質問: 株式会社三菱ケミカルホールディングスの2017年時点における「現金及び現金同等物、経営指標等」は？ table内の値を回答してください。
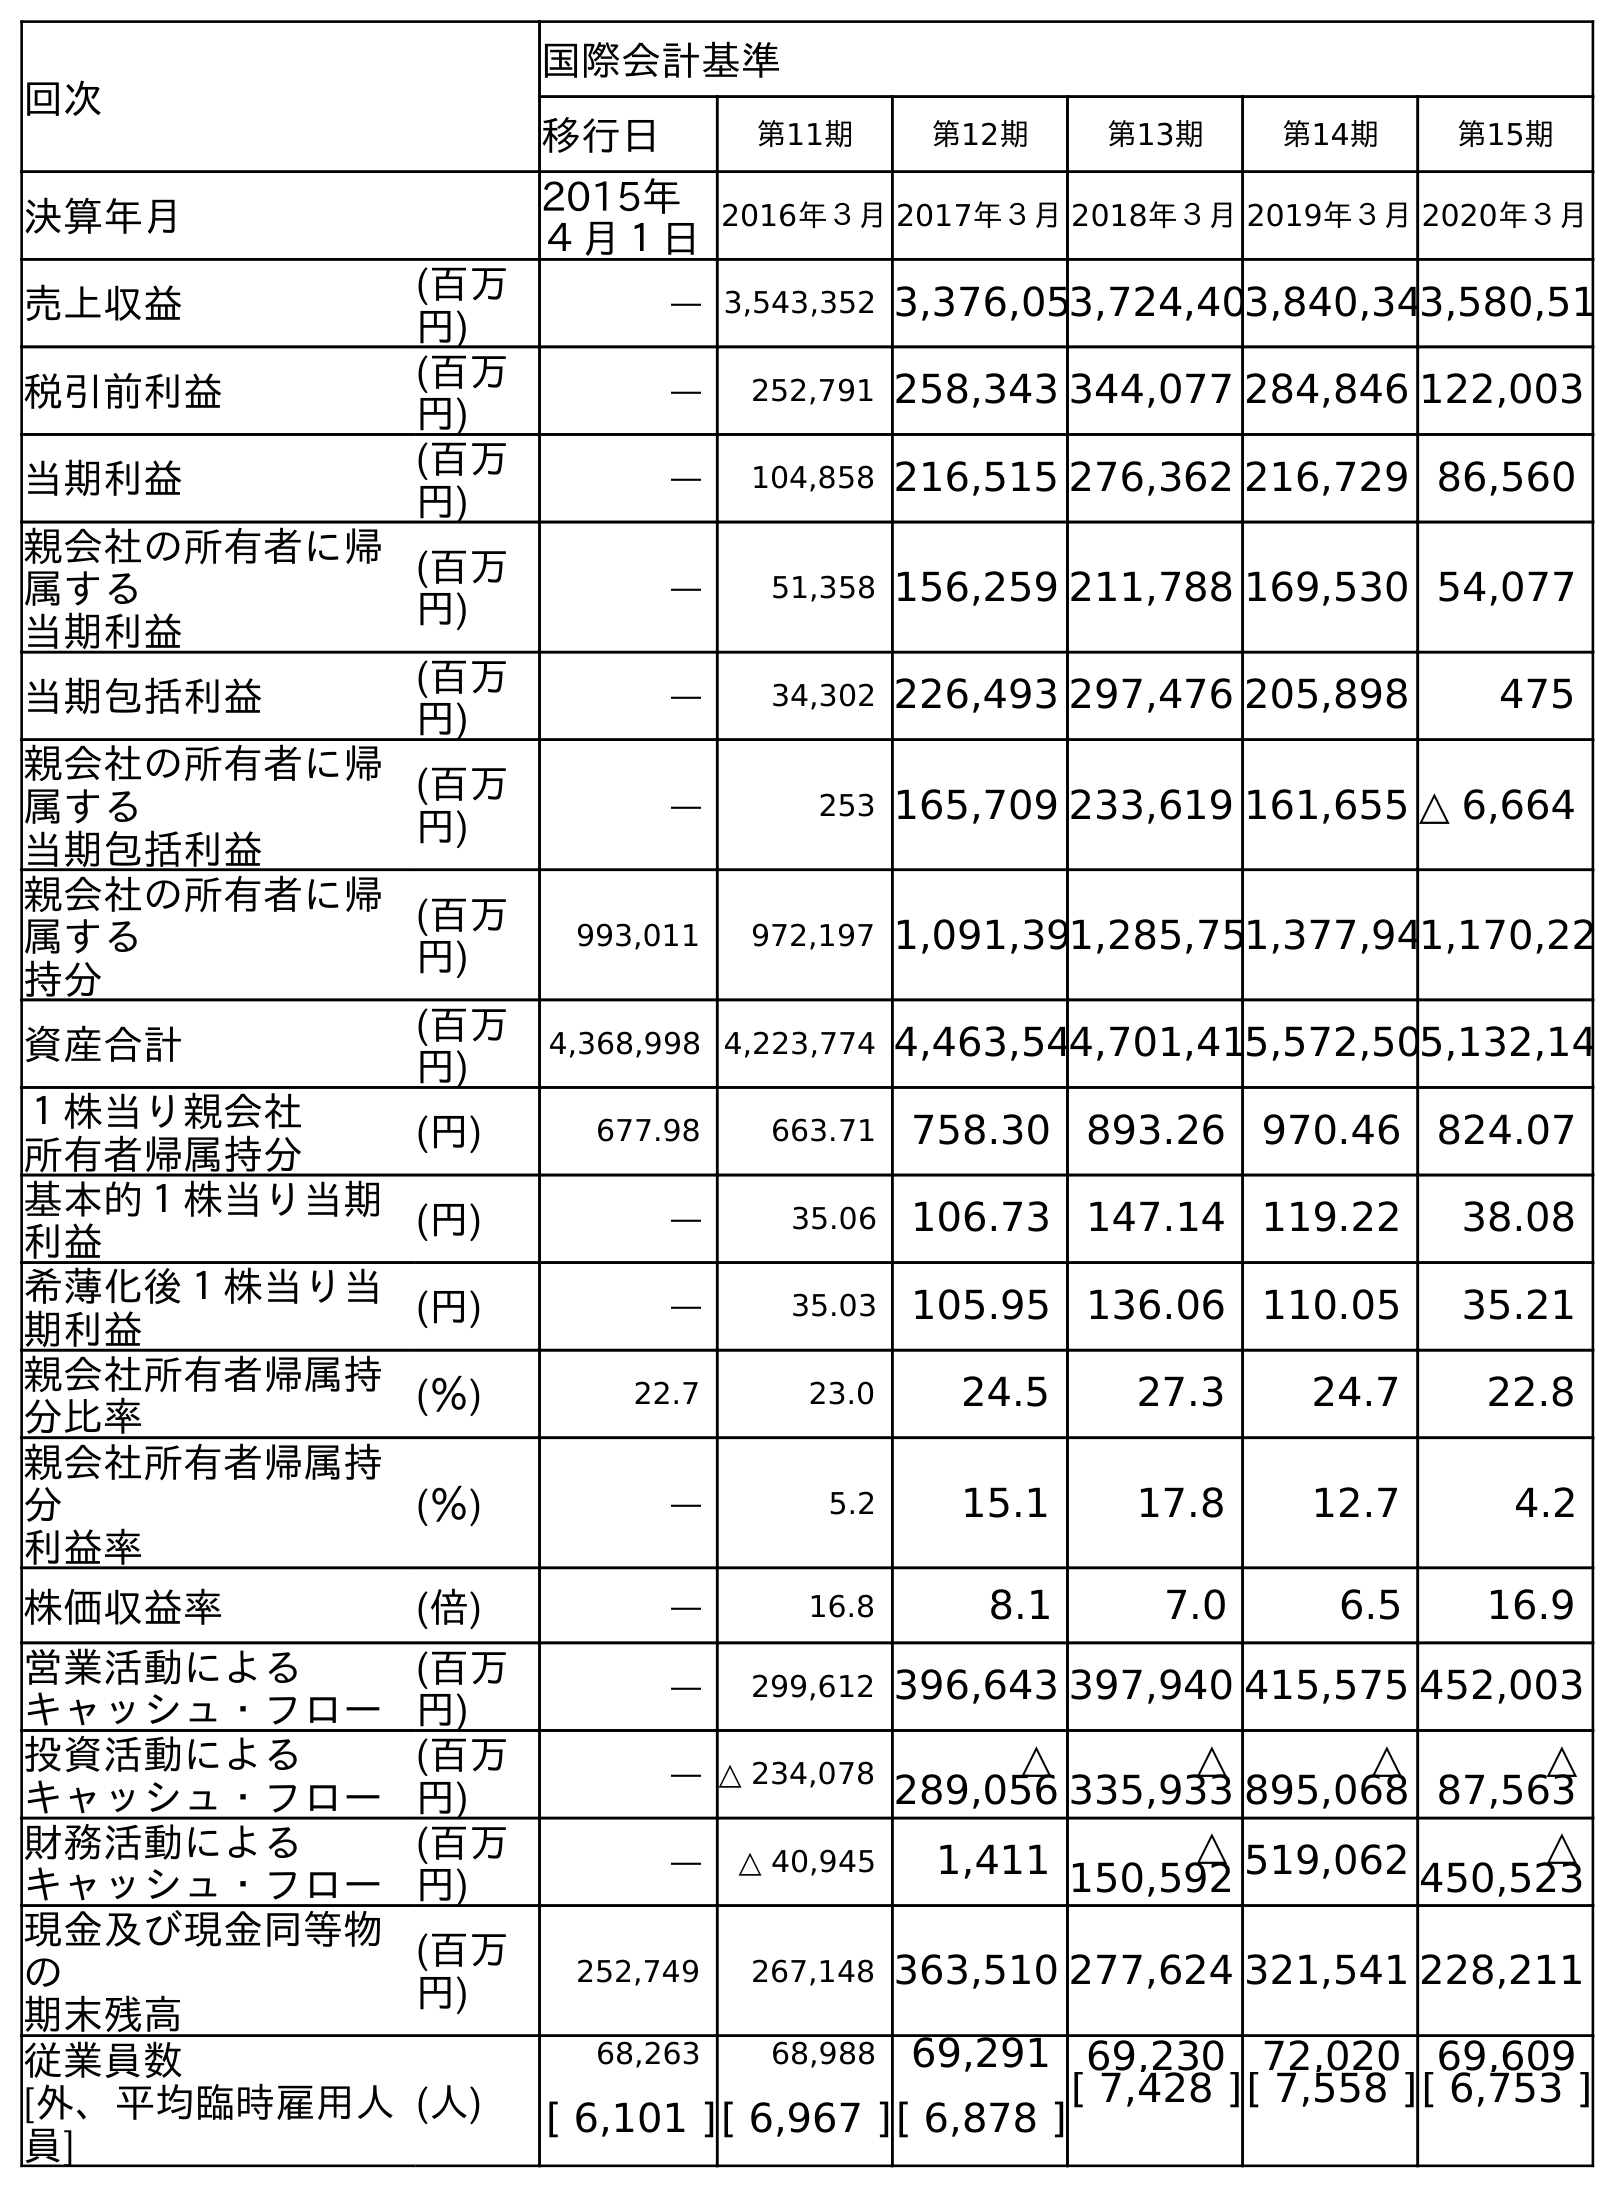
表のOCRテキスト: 回次 国際会計基準 移行日 第11期 第12期 第13期 第14期 第15期 決算年月 2015年 ４月１日 2016年３月2017年３月2018年３月2019年３月2020年３月 売上収益 (百万 円) ― 3,543,352 3,376,053,724,403,840,343,580,51 税引前利益 (百万 円) ― 252,791 258,343 344,077 284,846 122,003 当期利益 (百万 円) ― 104,858 216,515 276,362 216,729 86,560 親会社の所有者に帰 属する 当期利益 (百万 円) ― 51,358 156,259 211,788 169,530 54,077 当期包括利益 (百万 円) ― 34,302 226,493 297,476 205,898 475 親会社の所有者に帰 属する 当期包括利益 (百万 円) ― 253 165,709 233,619 161,655 △ 6,664 親会社の所有者に帰 属する 持分 (百万 円) 993,011 972,197 1,091,391,285,751,377,941,170,22 資産合計 (百万 円) 4,368,998 4,223,774 4,463,544,701,415,572,505,132,14 １株当り親会社 所有者帰属持分 (円) 677.98 663.71 758.30 893.26 970.46 824.07 基本的１株当り当期 利益 (円) ― 35.06 106.73 147.14 119.22 38.08 希薄化後１株当り当 期利益 (円) ― 35.03 105.95 136.06 110.05 35.21 親会社所有者帰属持 分比率 (％) 22.7 23.0 24.5 27.3 24.7 22.8 親会社所有者帰属持 分 利益率 (％) ― 5.2 15.1 17.8 12.7 4.2 株価収益率 (倍) ― 16.8 8.1 7.0 6.5 16.9 営業活動による キャッシュ・フロー (百万 円) ― 299,612 396,643 397,940 415,575 452,003 投資活動による キャッシュ・フロー (百万 円) ― △ 234,078 △ 289,056 △ 335,933 △ 895,068 △ 87,563 財務活動による キャッシュ・フロー (百万 円) ― △ 40,945 1,411 △ 150,592 519,062 △ 450,523 現金及び現金同等物 の 期末残高 (百万 円) 252,749 267,148 363,510 277,624 321,541 228,211 従業員数 [外、平均臨時雇用人 員] (人) 68,263 68,988 69,291 69,230 72,020 69,609 [ 6,101 ][ 6,967 ][ 6,878 ][ 7,428 ][ 7,558 ][ 6,753 ]
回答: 363,510